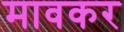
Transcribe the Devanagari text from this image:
मावकर